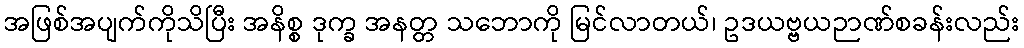
အဖြစ်အပျက်ကိုသိပြီး အနိစ္စ ဒုက္ခ အနတ္တ သဘောကို မြင်လာတယ်၊ ဥဒယဗ္ဗယဉာဏ်စခန်းလည်း